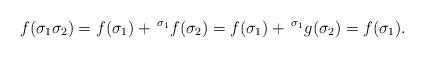
LaTeX: \begin{align*}f(\sigma_1 \sigma_2)=f(\sigma_1)+\,^{\sigma_1} f(\sigma_2)=f(\sigma_1)+\,^{\sigma_1} g(\sigma_2)=f(\sigma_1).\end{align*}